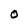
Character: O